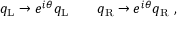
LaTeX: q _ { \mathrm { { L } } } \rightarrow e ^ { i \theta } q _ { \mathrm { { L } } } \qquad q _ { \mathrm { { R } } } \rightarrow e ^ { i \theta } q _ { \mathrm { { R } } } ~ ,